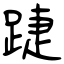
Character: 踕